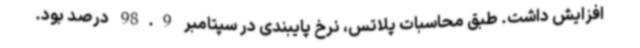
افزایش داشت. طبق محاسبات پلاتس، نرخ پایبندی در سپتامبر 98.9 درصد بود.